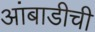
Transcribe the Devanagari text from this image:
आंबाडीची